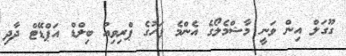
ގޫގަލް އިން ވަނީ މާޝްމެލޯގެ އެންމެ ފަހުގެ ޕްރިވިއު ބިލްޑް އަޕްޑޭޓް ދާދި